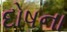
દોષના